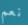
نعم